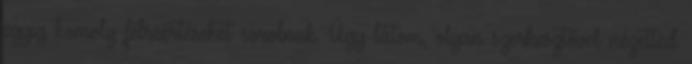
egyig komoly félreértéseket sorolnak. Úgy látom, olyan szerkesztővel nézetted